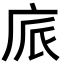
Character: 𢈕